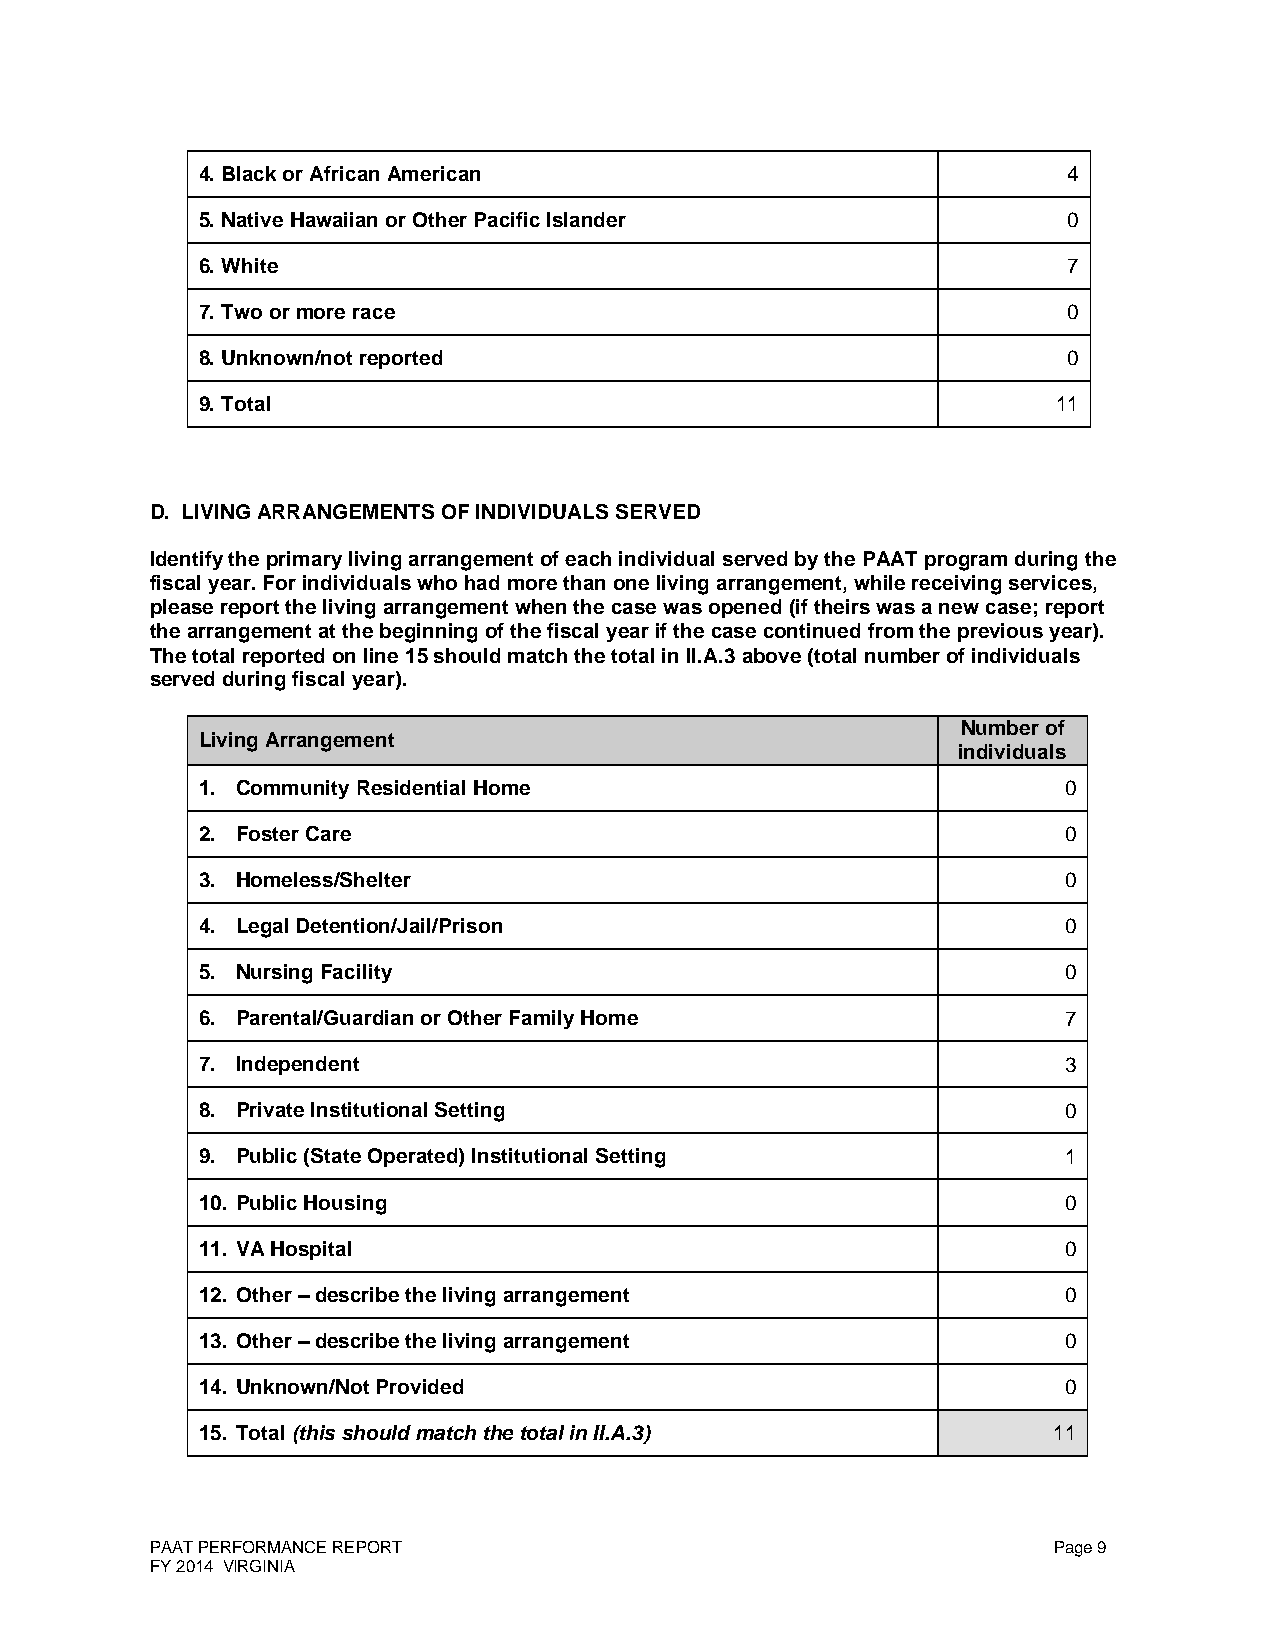
4. Black or African American                              4
 5. Native Hawaiian or Other Pacific Islander              0
 6. White                                                  7
 7. Two or more race                                       0
 8. Unknown/not reported                                   0
 9. Total                                                 11
 D. LIVING ARRANGEMENTS OF INDIVIDUALS SERVED
 Identify the primary living arrangement of each individual served by the PAAT program during the
 fiscal year. For individuals who had more than one living arrangement, while receiving services,
 please report the living arrangement when the case was opened (if theirs was a new case; report
 the arrangement at the beginning of the fiscal year if the case continued from the previous year).
 The total reported on line 15 should match the total in II.A.3 above (total number of individuals
 served during fiscal year).
 Number of
 Living Arrangement
 individuals
 1. Community Residential Home                             0
 2. Foster Care                                            0
 3. Homeless/Shelter                                       0
 4. Legal Detention/Jail/Prison                            0
 5. Nursing Facility                                       0
 6. Parental/Guardian or Other Family Home                 7
 7. Independent                                            3
 8. Private Institutional Setting                          0
 9. Public (State Operated) Institutional Setting          1
 10. Public Housing                                        0
 11. VA Hospital                                           0
 12. Other – describe the living arrangement               0
 13. Other – describe the living arrangement               0
 14. Unknown/Not Provided                                  0
 15. Total (this should match the total in II.A.3)        11
 PAAT PERFORMANCE REPORT                                     Page 9
 FY 2014 VIRGINIA